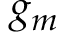
g _ { m }